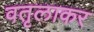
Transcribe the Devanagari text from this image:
वतृलाकर